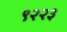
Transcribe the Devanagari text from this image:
९२२३